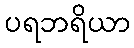
ပရဘရိယာ